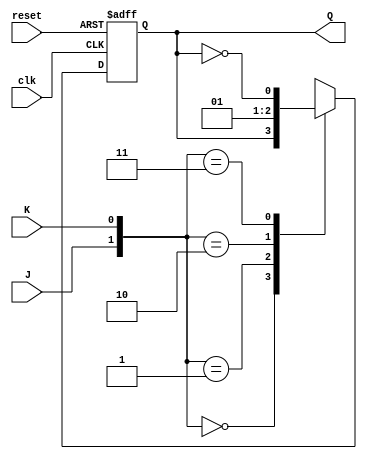
module jk_flipflop (
    input J, K, clk, reset,
    output reg Q
);

always @(posedge clk or posedge reset) begin
    if (reset)
        Q <= 1'b0;  // Reset to 0
    else begin
        case ({J, K})
            2'b00: Q <= Q;  // No change
            2'b01: Q <= 1'b0;  // Reset
            2'b10: Q <= 1'b1;  // Set
            2'b11: Q <= ~Q;  // Toggle
        endcase
    end
end

endmodule